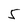
Character: 5